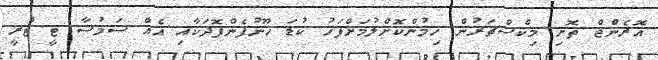
އޮރެންޖް ތޮށި މިކްސްޗަރުން ހިމުންކޮށްލުމަށްފަހު ކުޑަ ހޫނުފެންފޮދަކާއި އެއް ސަމުސާ ޓީ ޓްރީ